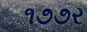
૧૭૭ર